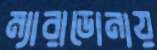
ম্যারাডোনায়